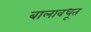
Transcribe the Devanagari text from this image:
बालावधूत